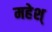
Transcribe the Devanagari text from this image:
महेश्